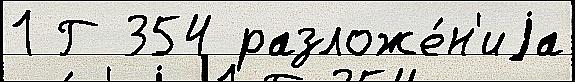
1 Г 354 разложе́н'иjа